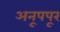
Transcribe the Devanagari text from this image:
अनूपपूर